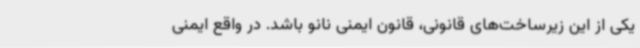
یکی از این زیرساخت‌های قانونی، قانون ایمنی نانو باشد. در واقع ایمنی